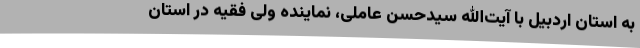
به استان اردبیل با آیت‌الله سیدحسن عاملی، نماینده ولی فقیه در استان